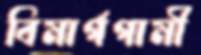
বিমার্গগামী